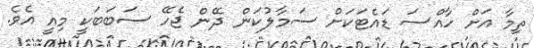
ތިމާ އަށް ހާއްސަ ޑައެޓަކަށް ސަމާލުކަން ދޭން ޖެހޭ ސަބަބަކީ މިއީ އެވެ.